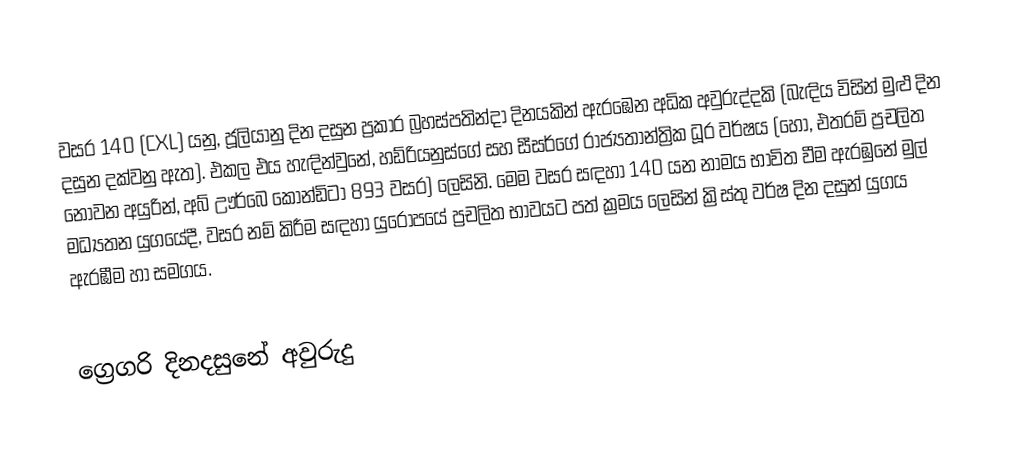

වසර 140 (CXL) යනු,  ජූලියානු දින දසුන ප්‍රකාර   බ්‍රහස්පතින්දා දිනයකින් ඇරඹෙන අධික අවුරුද්දකි  (බැඳිය විසින් මුළු දින දසුන දක්වනු ඇත). එකල එය හැඳින්වුනේ, හඩ්රියනුස්ගේ සහ සීසර්ගේ රාජ්‍යතාන්ත්‍රික  ධූර වර්ෂය (හෝ, එතරම් ප්‍රචලිත නොවන අයුරින්,  අබ් ඌර්බෙ කෝන්ඩිටා  893 වසර) ලෙසිනි.  මෙම වසර සඳහා 140 යන නාමය භාවිත වීම ඇරඹුනේ මුල් මධ්‍යතන යුගයේදී, වසර නම් කිරීම සඳහා යුරෝපයේ ප්‍රචලිත භාවයට පත් ක්‍රමය ලෙසින් ක්‍රිස්තු වර්ෂ දින දසුන් යුගය ඇරඹීම හා සමගය.

ග්‍රෙගරි දිනදසුනේ අවුරුදු